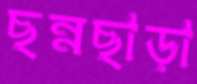
ছন্নছাড়া